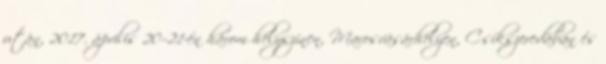
után, 2017. április 20–21-én három helyszínen, Marosvásárhelyen, Csíkszeredában és